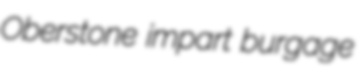
Oberstone impart burgage